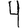
Digit: 4